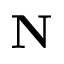
\mathbf { N }